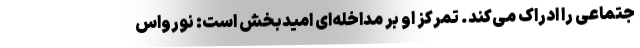
جتماعی را ادراک می‌کند. تمرکز او بر مداخله‌ای امیدبخش است: نورواس